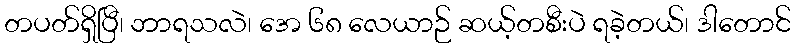
တပတ်ရှိပြီ၊ ဘာရသလဲ၊ အေ ၆၈ လေယာဉ် ဆယ့်တစီးပဲ ရခဲ့တယ်၊ ဒါတောင်